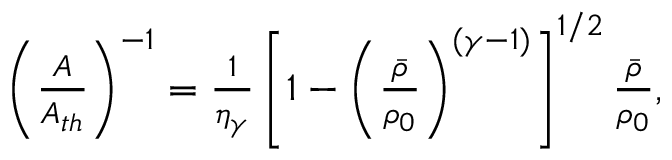
\begin{array} { r } { \left( \frac { A } { A _ { t h } } \right) ^ { - 1 } = \frac { 1 } { \eta _ { \gamma } } \left[ 1 - \left( \frac { \bar { \rho } } { \rho _ { 0 } } \right) ^ { ( \gamma - 1 ) } \right] ^ { 1 / 2 } \frac { \bar { \rho } } { \rho _ { 0 } } , } \end{array}